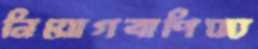
নিয়োগবাণিজ্য